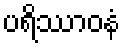
ပရိဿာဝနံ